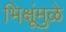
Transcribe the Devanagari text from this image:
भिक्षूंमुळे